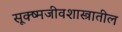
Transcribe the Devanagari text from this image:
सूक्ष्मजीवशास्त्रातील